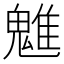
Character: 魋